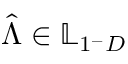
\hat { \boldsymbol { \Lambda } } \in \mathbb { L } _ { 1 ^ { - } D }